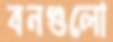
বনগুলো